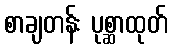
စာချတန်း ပုစ္ဆာထုတ်